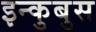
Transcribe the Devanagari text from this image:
इन्कुबुस